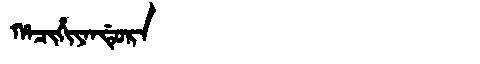
Manchu: ᡥᠠᠴᡳᡥᡳᠶᠠᠨᡩᡠᡵᠠ
Romanization: HACIHIYANDURA